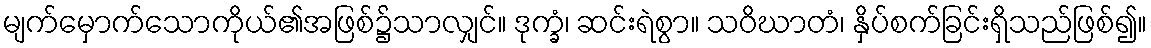
မျက်မှောက်သောကိုယ်၏အဖြစ်၌သာလျှင်။ ဒုက္ခံ၊ ဆင်းရဲစွာ။ သဝိဃာတံ၊ နှိပ်စက်ခြင်းရှိသည်ဖြစ်၍။